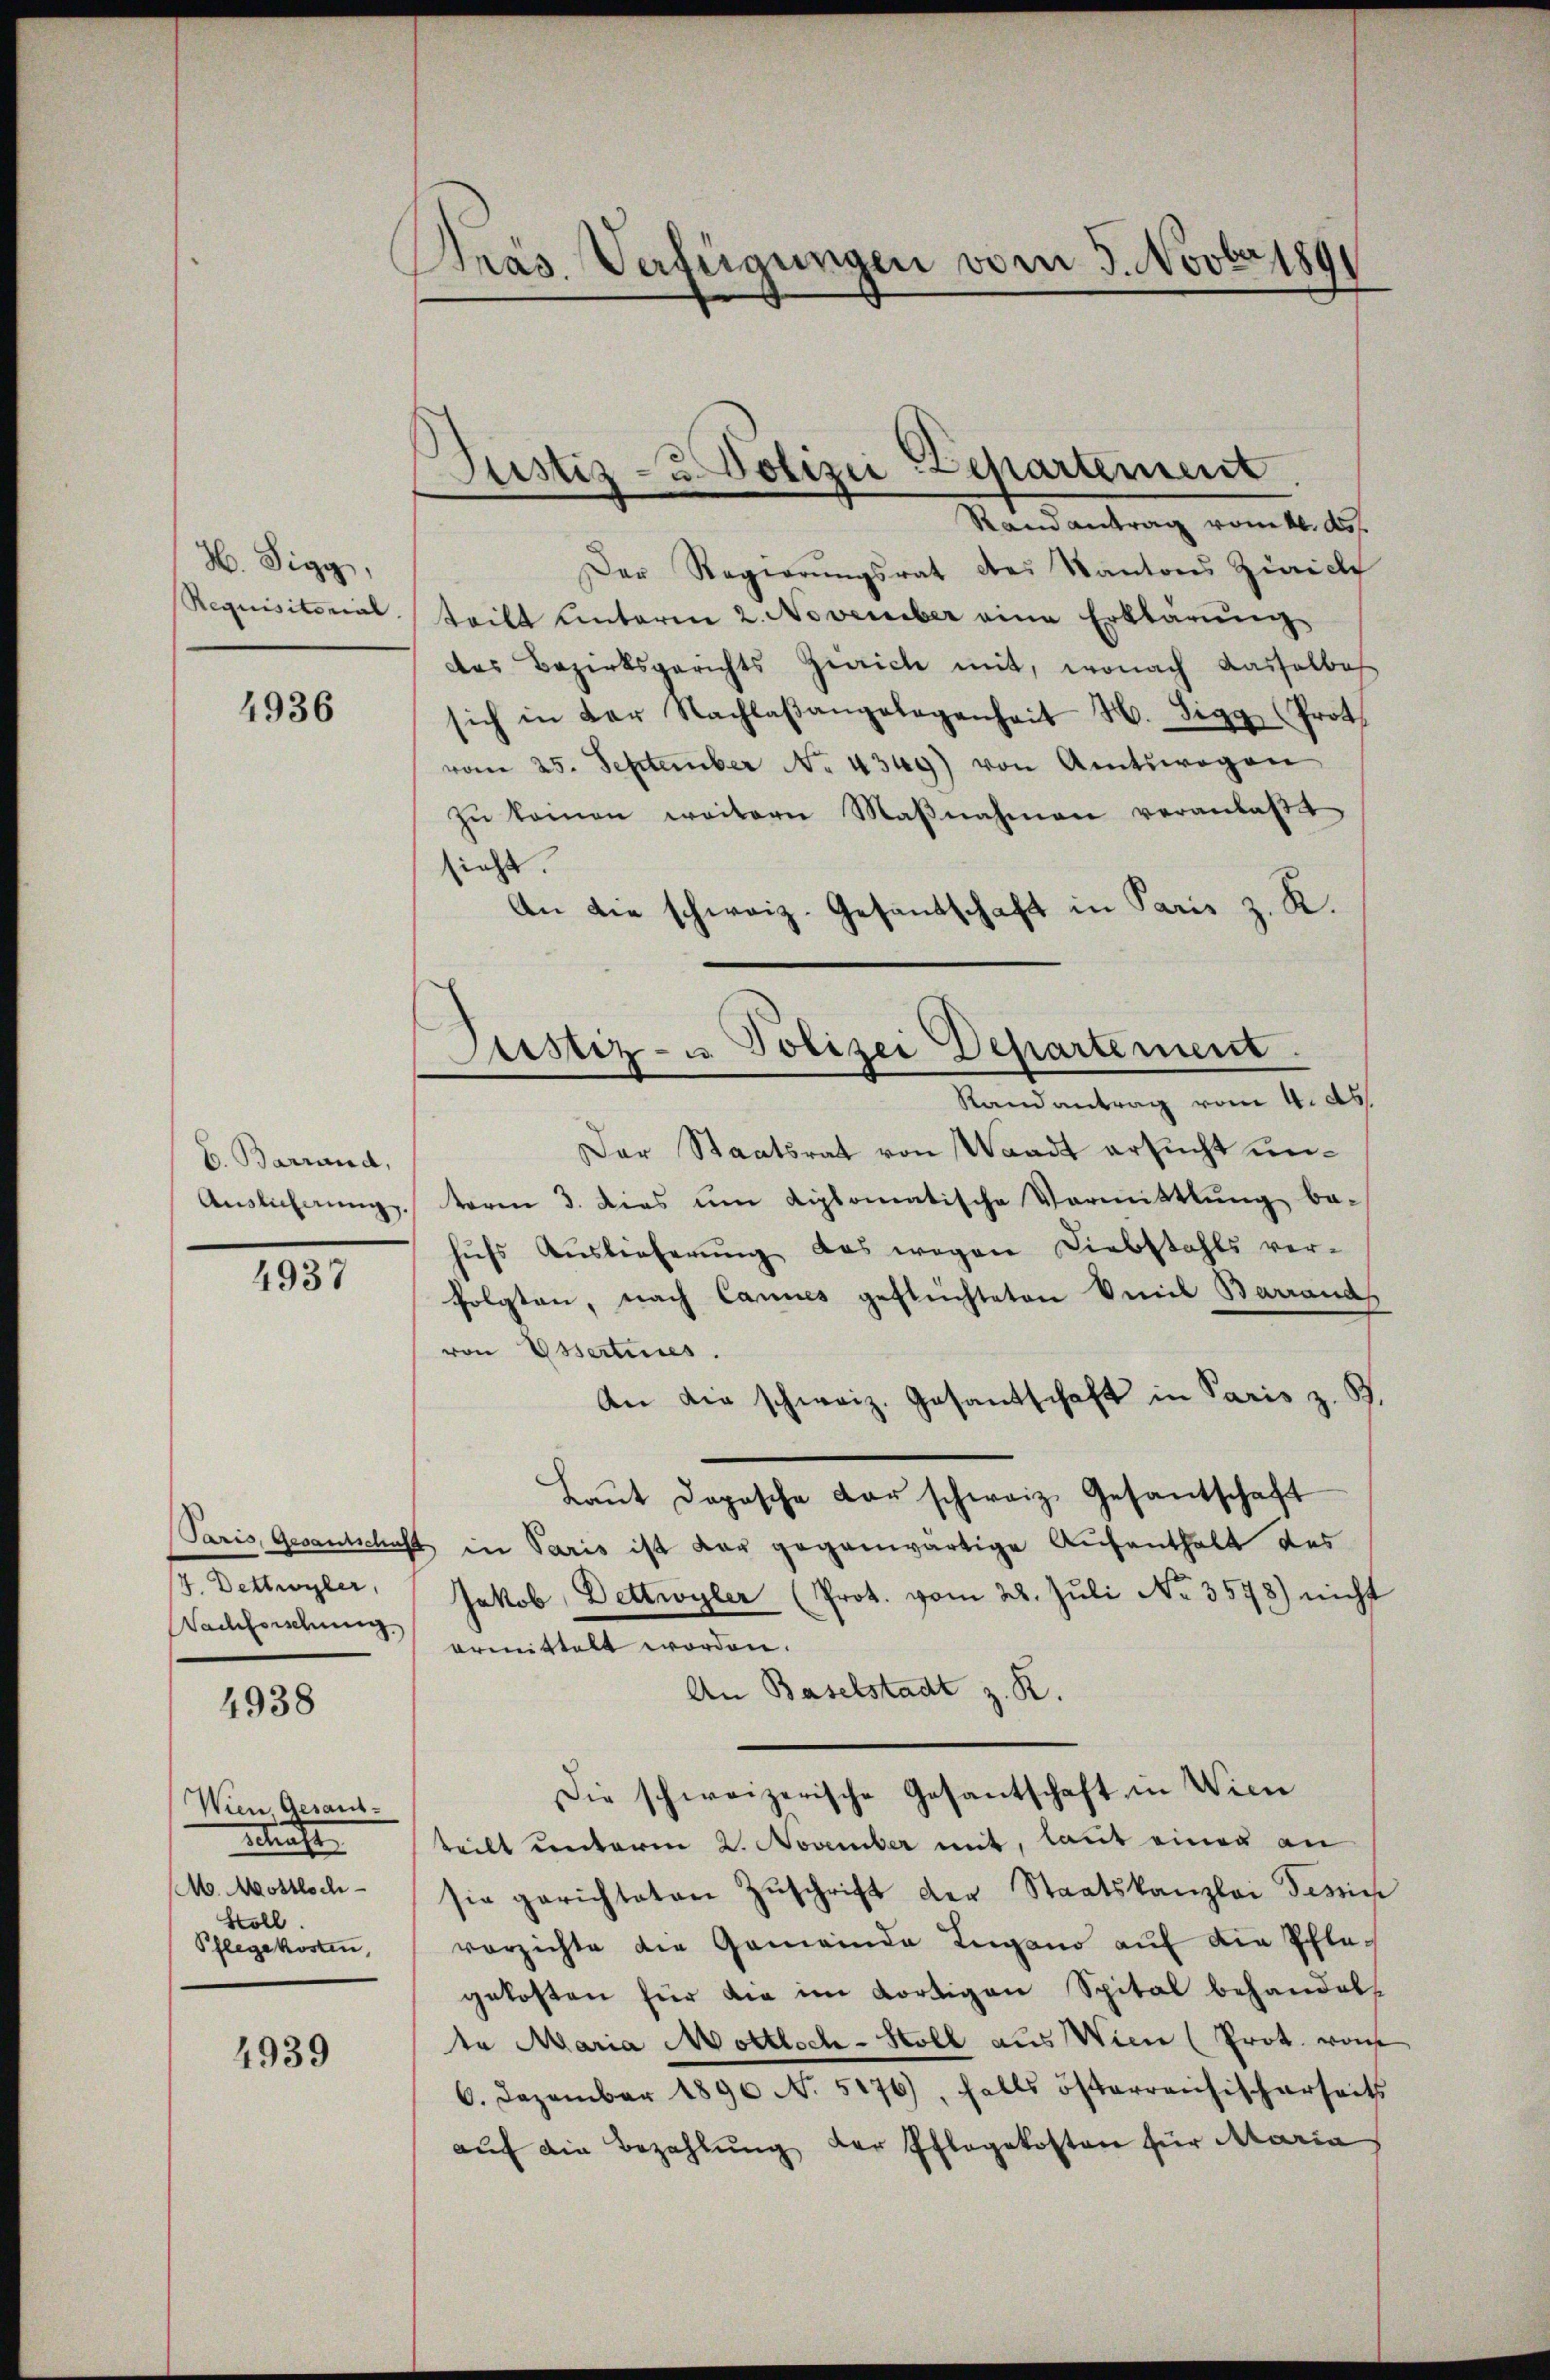
H. Sigg,
Requisitorial

4936

E. Barrand,
Auslichnung.

4937

4. Dettwyler
Nachforschung.

4938

Wien. Gesaus-
Strafe
M. Mottloch-
Stoll.
Pflegekosten,

4939

Präs. Verfügungen vom 5. Novbr 189

Justiz- u. Polizei Departement

Randantrag vom 16. ds.

Justiz- u. Polizei Departement

Der Regierŭngsrat des Kantons Zürich
teilt unterm 2. November eine Erklärung
das Bezirksgerichts Zürich mit, wonach Kasselbes
sich in der Nachlaβangelegenheit H. Sigg (Prot
vom 25. September No. 4349) von Amtswegen
zŭ kommen weitern Maβnahmen veranlaβt
sieht.
An die schweiz. Gesandschaft in Paris z. R.
Randantrag vom 4. ds.
Der Staatsrat von Waadt ersucht untoren 3. dies um diplomatische Vormittlung be-
hŭfs Auslieferŭng das wegen Liebstahls ver-
folgten, nach Cannes geflüchteten Emil Barrands
von Essertures.
An die schweiz. Gesandschaft in Paris z. B.
Laŭt dopische der schweiz. Gesantschaft
Paris, Gesantschaft in Paris ist dar gegenwärtige Aufenthalt des
Jakob Dettwyler (Prot. vom 22. Juli No 3578) nicht
ermittelt worden.
An Baselstadt z. R.
Die schweizerische Gesantschaft in Wien
teilt unterm 2. November mit, laut einer an
sie gerichteten Zŭschrift der Staatskanzlei Tessie
verzichte die Gemeinde Lugano auf die Pflegekosten für die im dortigen Spital behandels
ta Maria Mottloch-Holl aus Wien (Prot. von
6. Dezember 1890 N. 5176), falls österreichischerseits
aŭf die Bezahlŭng der Pflegekosten für Maria

n